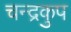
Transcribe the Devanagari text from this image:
चन्द्रकुप